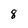
Character: 8